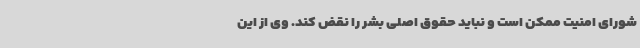
شورای امنیت ممکن است و نباید حقوق اصلی بشر را نقض کند. وی از این